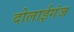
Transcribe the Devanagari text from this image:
दोलाईगंज